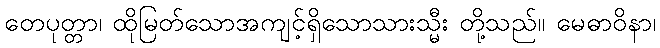
တေပုတ္တာ၊ ထိုမြတ်သောအကျင့်ရှိသောသားသ္မီး တို့သည်။ မေဓာဝိနာ၊